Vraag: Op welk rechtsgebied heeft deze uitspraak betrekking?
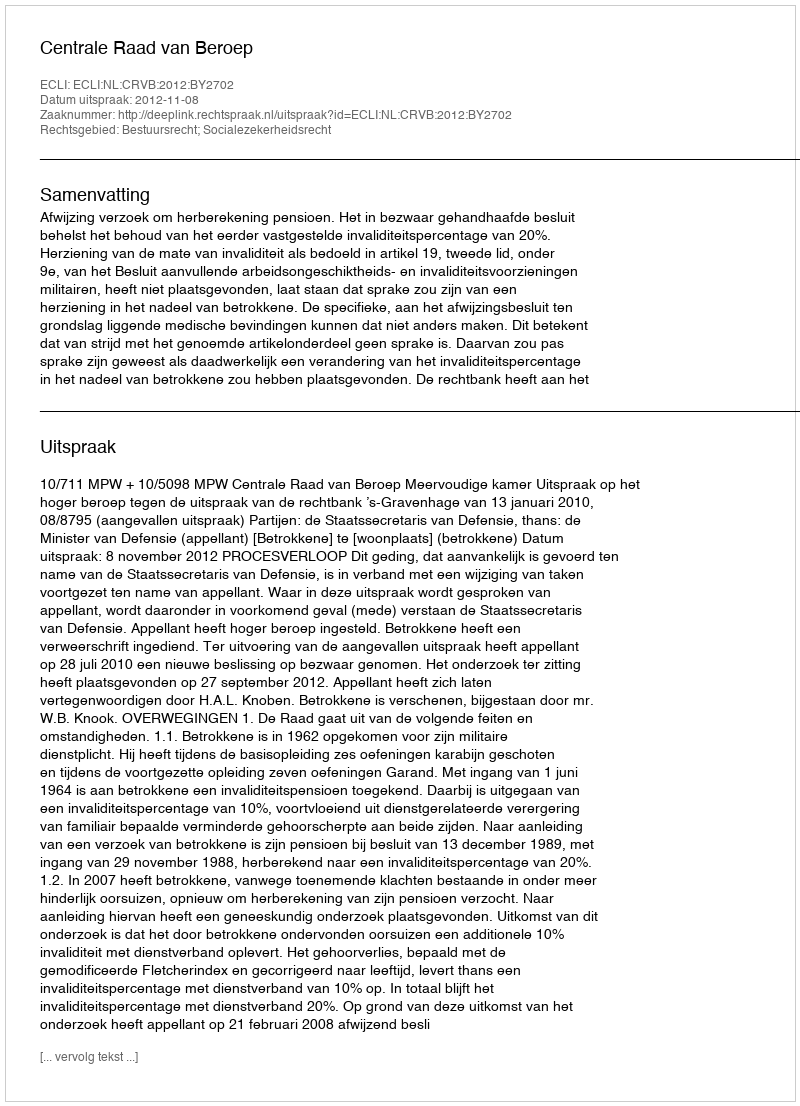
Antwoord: Bestuursrecht; Socialezekerheidsrecht